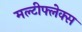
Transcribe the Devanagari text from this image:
मल्टीफ्लेक्स